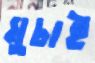
মুচাই